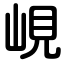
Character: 峴